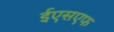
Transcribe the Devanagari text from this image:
ईएसएफ